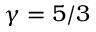
\gamma = 5 / 3